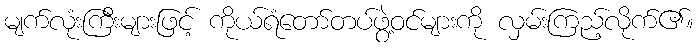
မျက်လုံးကြီးများဖြင့် ကိုယ်ရံတော်တပ်ဖွဲ့ဝင်များကို လှမ်းကြည့်လိုက်၏။